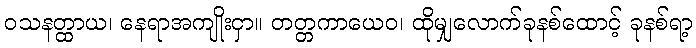
ဝသနတ္ထာယ၊ နေရာအကျိုးငှာ။ တတ္တကာယေဝ၊ ထိုမျှလောက်ခုနစ်ထောင့် ခုနစ်ရာ့